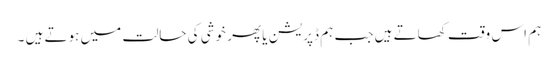
ہم اس وقت کھاتے ہیں جب ہم ڈپریشن یا پھر خوشی کی حالت میں ہوتے ہیں ۔